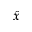
\hat { x }